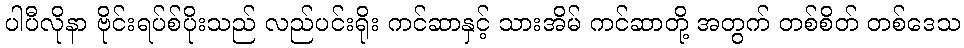
ပါပီလိုနာ ဗိုင်းရပ်စ်ပိုးသည် လည်ပင်းရိုး ကင်ဆာနှင့် သားအိမ် ကင်ဆာတို့ အတွက် တစ်စိတ် တစ်ဒေသ